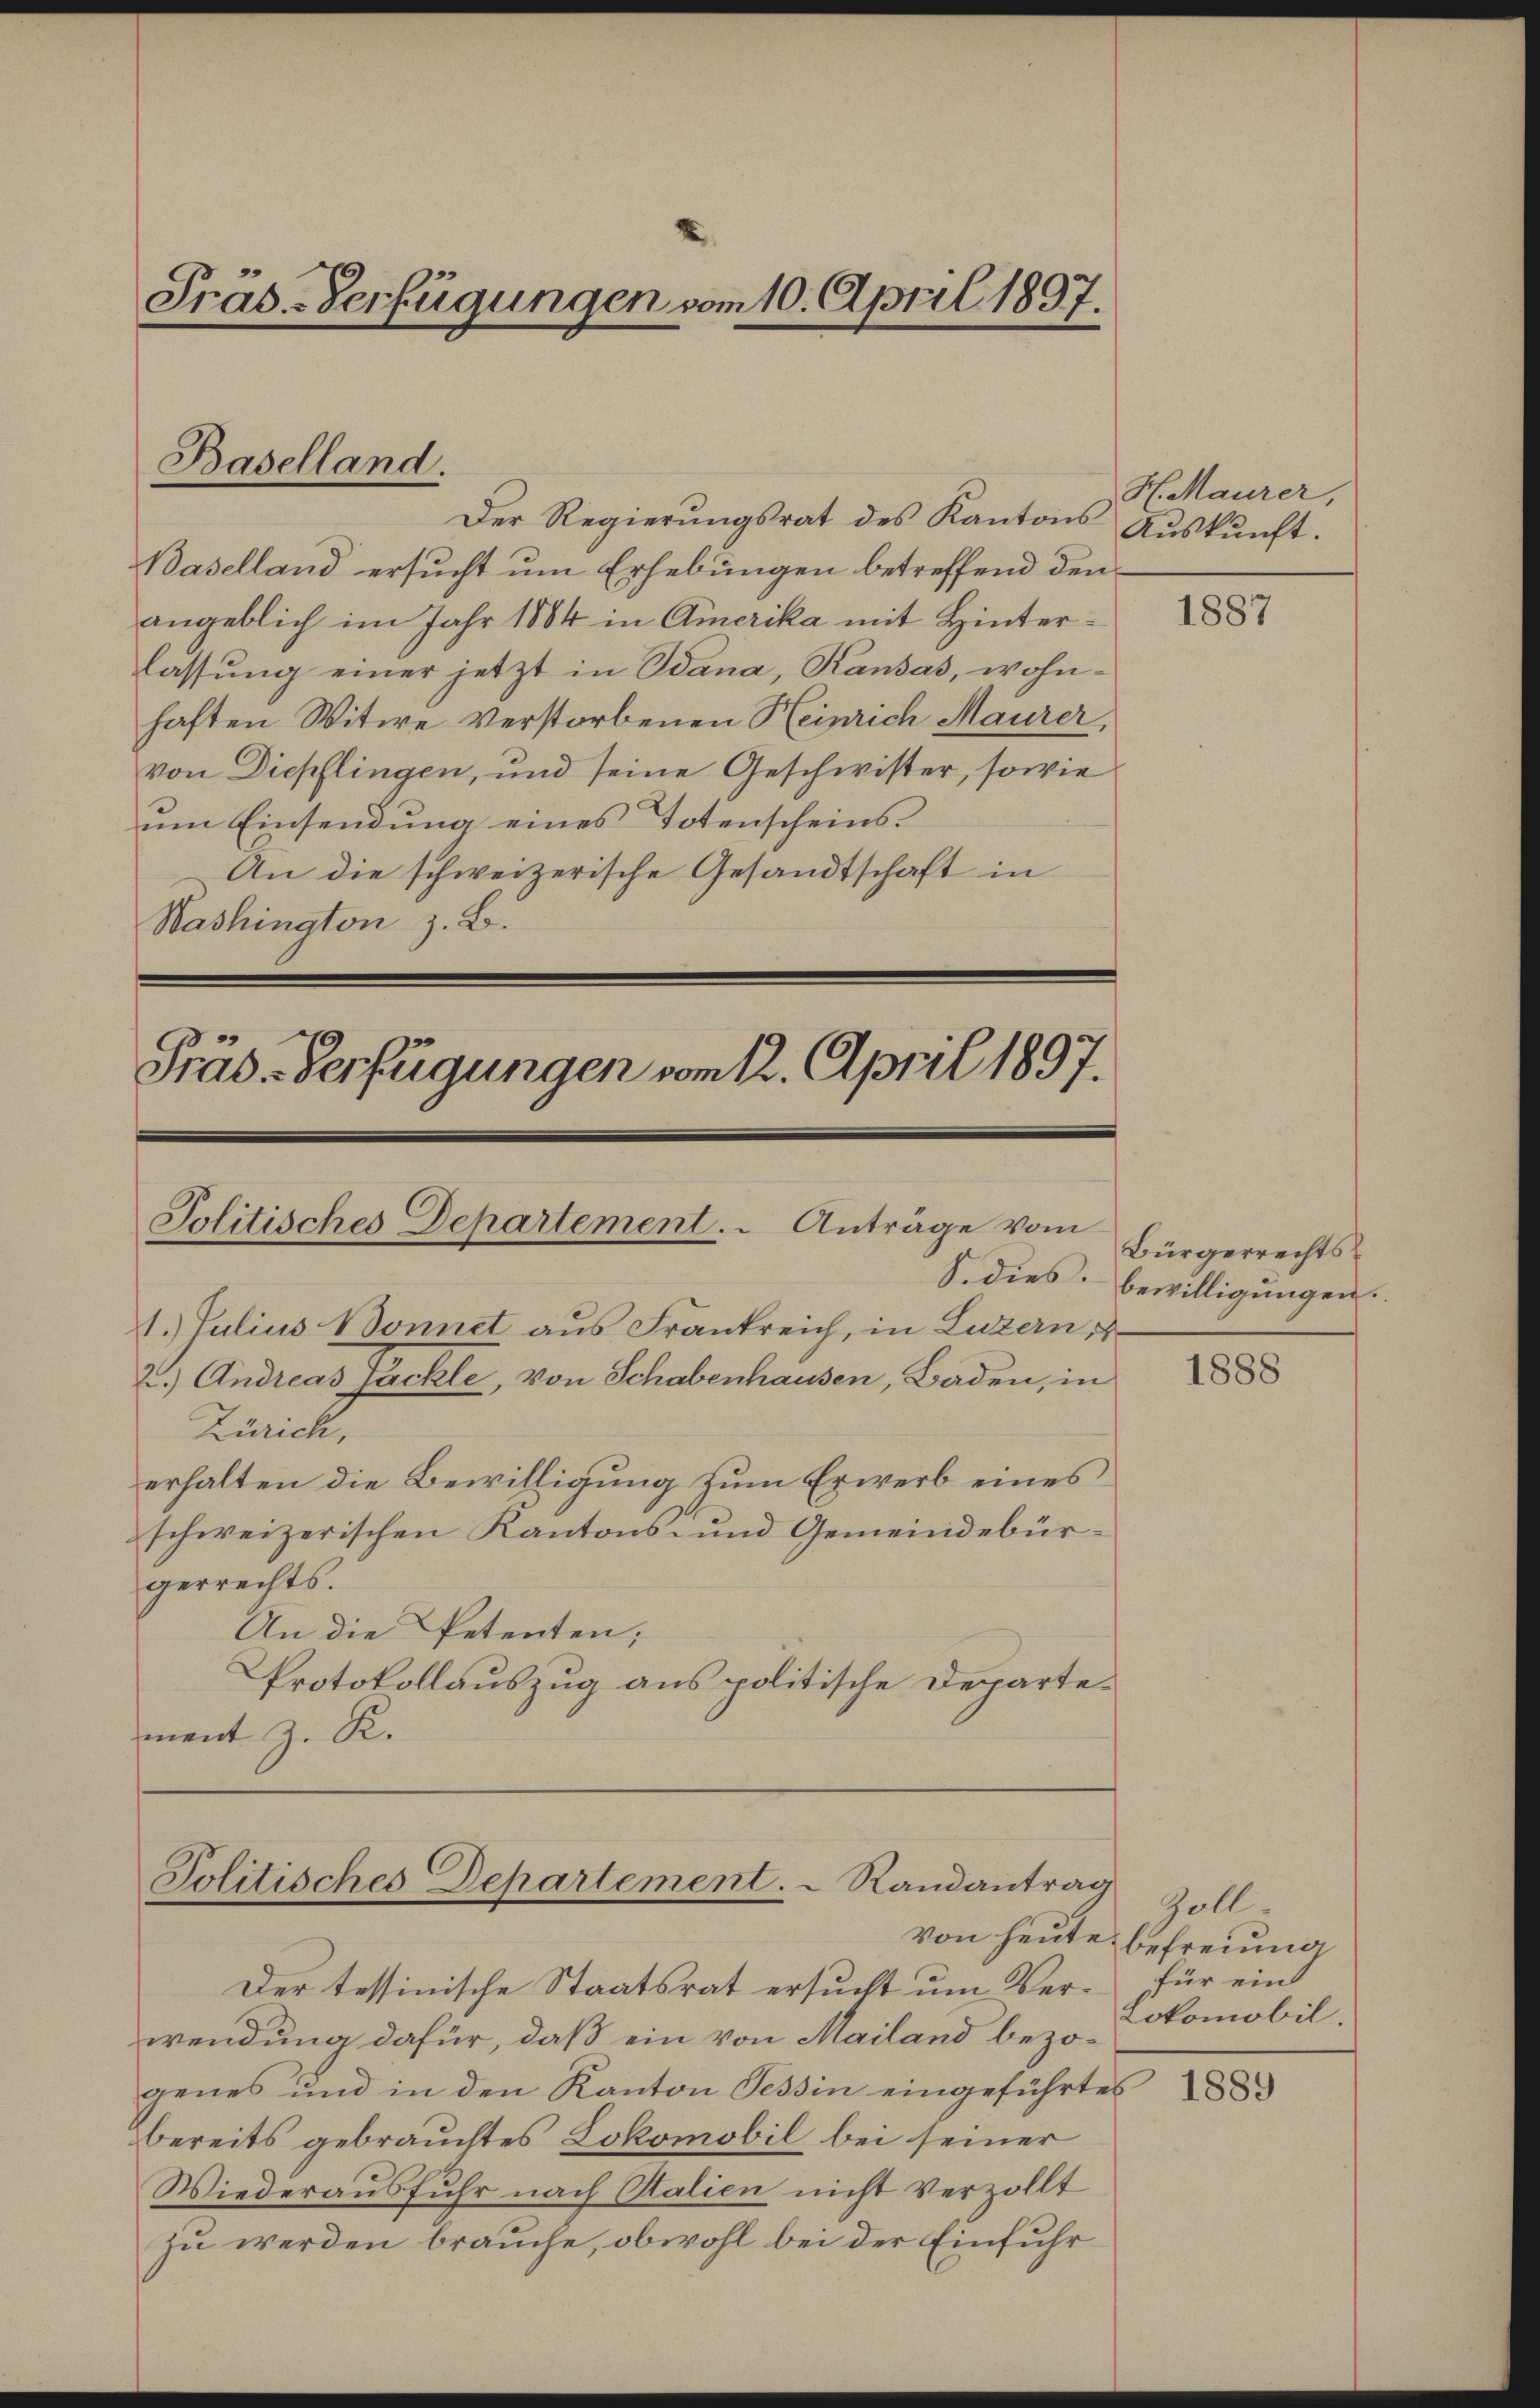
Pras-Verfügungen vom 10. April 1897.

Baselland.

Der Regierungsrat des Kantons Aŭskŭnft.
Baselland ersucht um Erhebungen betreffend den
angeblich im Jahr 1884 in Amerika mit Hinterlassŭng einer jetzt in Stana, Kausas, wohn-
haften Witwe Verstorbenen Heinrich Maurer,
von Diepflingen, und seine Geschwister, sowie
um Einsendung eines Totenscheins¬
An die schweizerische Gesandtschaft in
Washington z. B.

Präd-Verfügungen vom 12. April 1897.
Jolitisches Departement. Anträge vom

1. Julius Sonnet aus Frankreich, in Luzern u
2.) Andreas Packle, von Schabenhausen, Baden, in
Zürich,
erhalten die Bewilligung zum Erwerb eines
schweizerischen Kantons- und Gemeindebürgerrechts.
An die Petenten;
Protokollauszug aus politische Departe¬

ment z. R.

Politisches Departement.   Randantrag

Der tessinische Staatsrat ersucht um Verwendung dafür, daß ein von Mailand bezogenes und in den Kanton Tessin eingeführtes
bereits gebrauchtes Lokomobil bei seiner
Wiederausfuhr nach Stalien nicht verzollt
zu werden brauche, obwohl bei der Einfuhr

H. Maurer,

1887

Bürgerrechts¬
S. dies bewilligungen.

1888

Gollvon heute befreiung
für ein
Lokomobil

1889